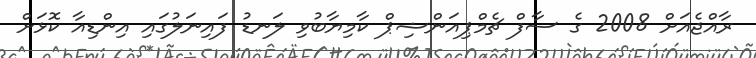
ރާއްޖެއަށް 2008 ގެ ސާފް ޗެމްޕިއަންޝިޕް ކާމިޔާބުވި ލަނޑު ފައިނަލުގައި އިންޑިއާ ކޮޅަށް